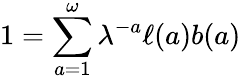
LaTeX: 1=\sum_{a=1}^{\omega}\lambda^{-a}\ell(a)b(a)